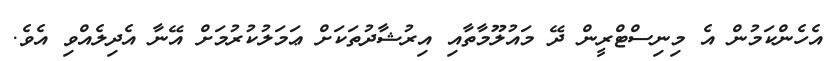
އެހެންކަމުން އެ މިނިސްޓްރީން ދޭ މައުލޫމާތާއި އިރުޝާދުތަކަށް ޢަމަލުކުރުމަށް އޭނާ އެދިލެއްވި އެވެ.